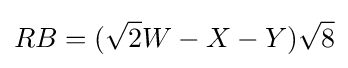
RB=({\sqrt {2}}W-X-Y){\sqrt {8}}